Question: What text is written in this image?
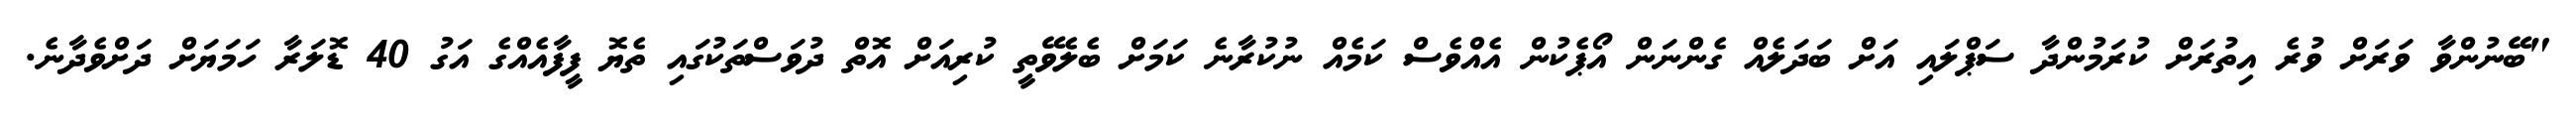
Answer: "ބޭނުންވާ ވަރަށް ވުރެ އިތުރަށް ކުރަމުންދާ ސަޕްލައި އަށް ބަދަލެއް ގެންނަން އޯޕެކުން އެއްވެސް ކަމެއް ނުކުރާނެ ކަމަށް ބެލެވޭތީ ކުރިއަށް އޮތް ދުވަސްތަކުގައި ތެޔޮ ފީފާއެއްގެ އަގު 40 ޑޮލަރާ ހަމަޔަށް ދަށްވެދާނެ.